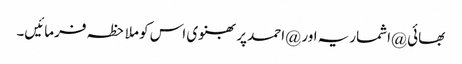
بھائی @اشماریہ اور @احمد پربھنوی اس کو ملاحظہ فرمائیں۔